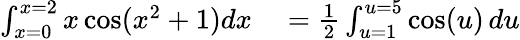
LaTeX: \begin{array}{rl}{\int_{x=0}^{x=2}x\cos(x^{2}+1)dx}&{{}={\frac{1}{2}}\int_{u=1}^{u=5}\cos(u)\, du}\end{array}